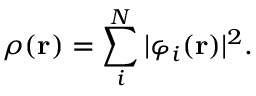
\rho ( \mathbf { r } ) = \sum _ { i } ^ { N } | \varphi _ { i } ( \mathbf { r } ) | ^ { 2 } .